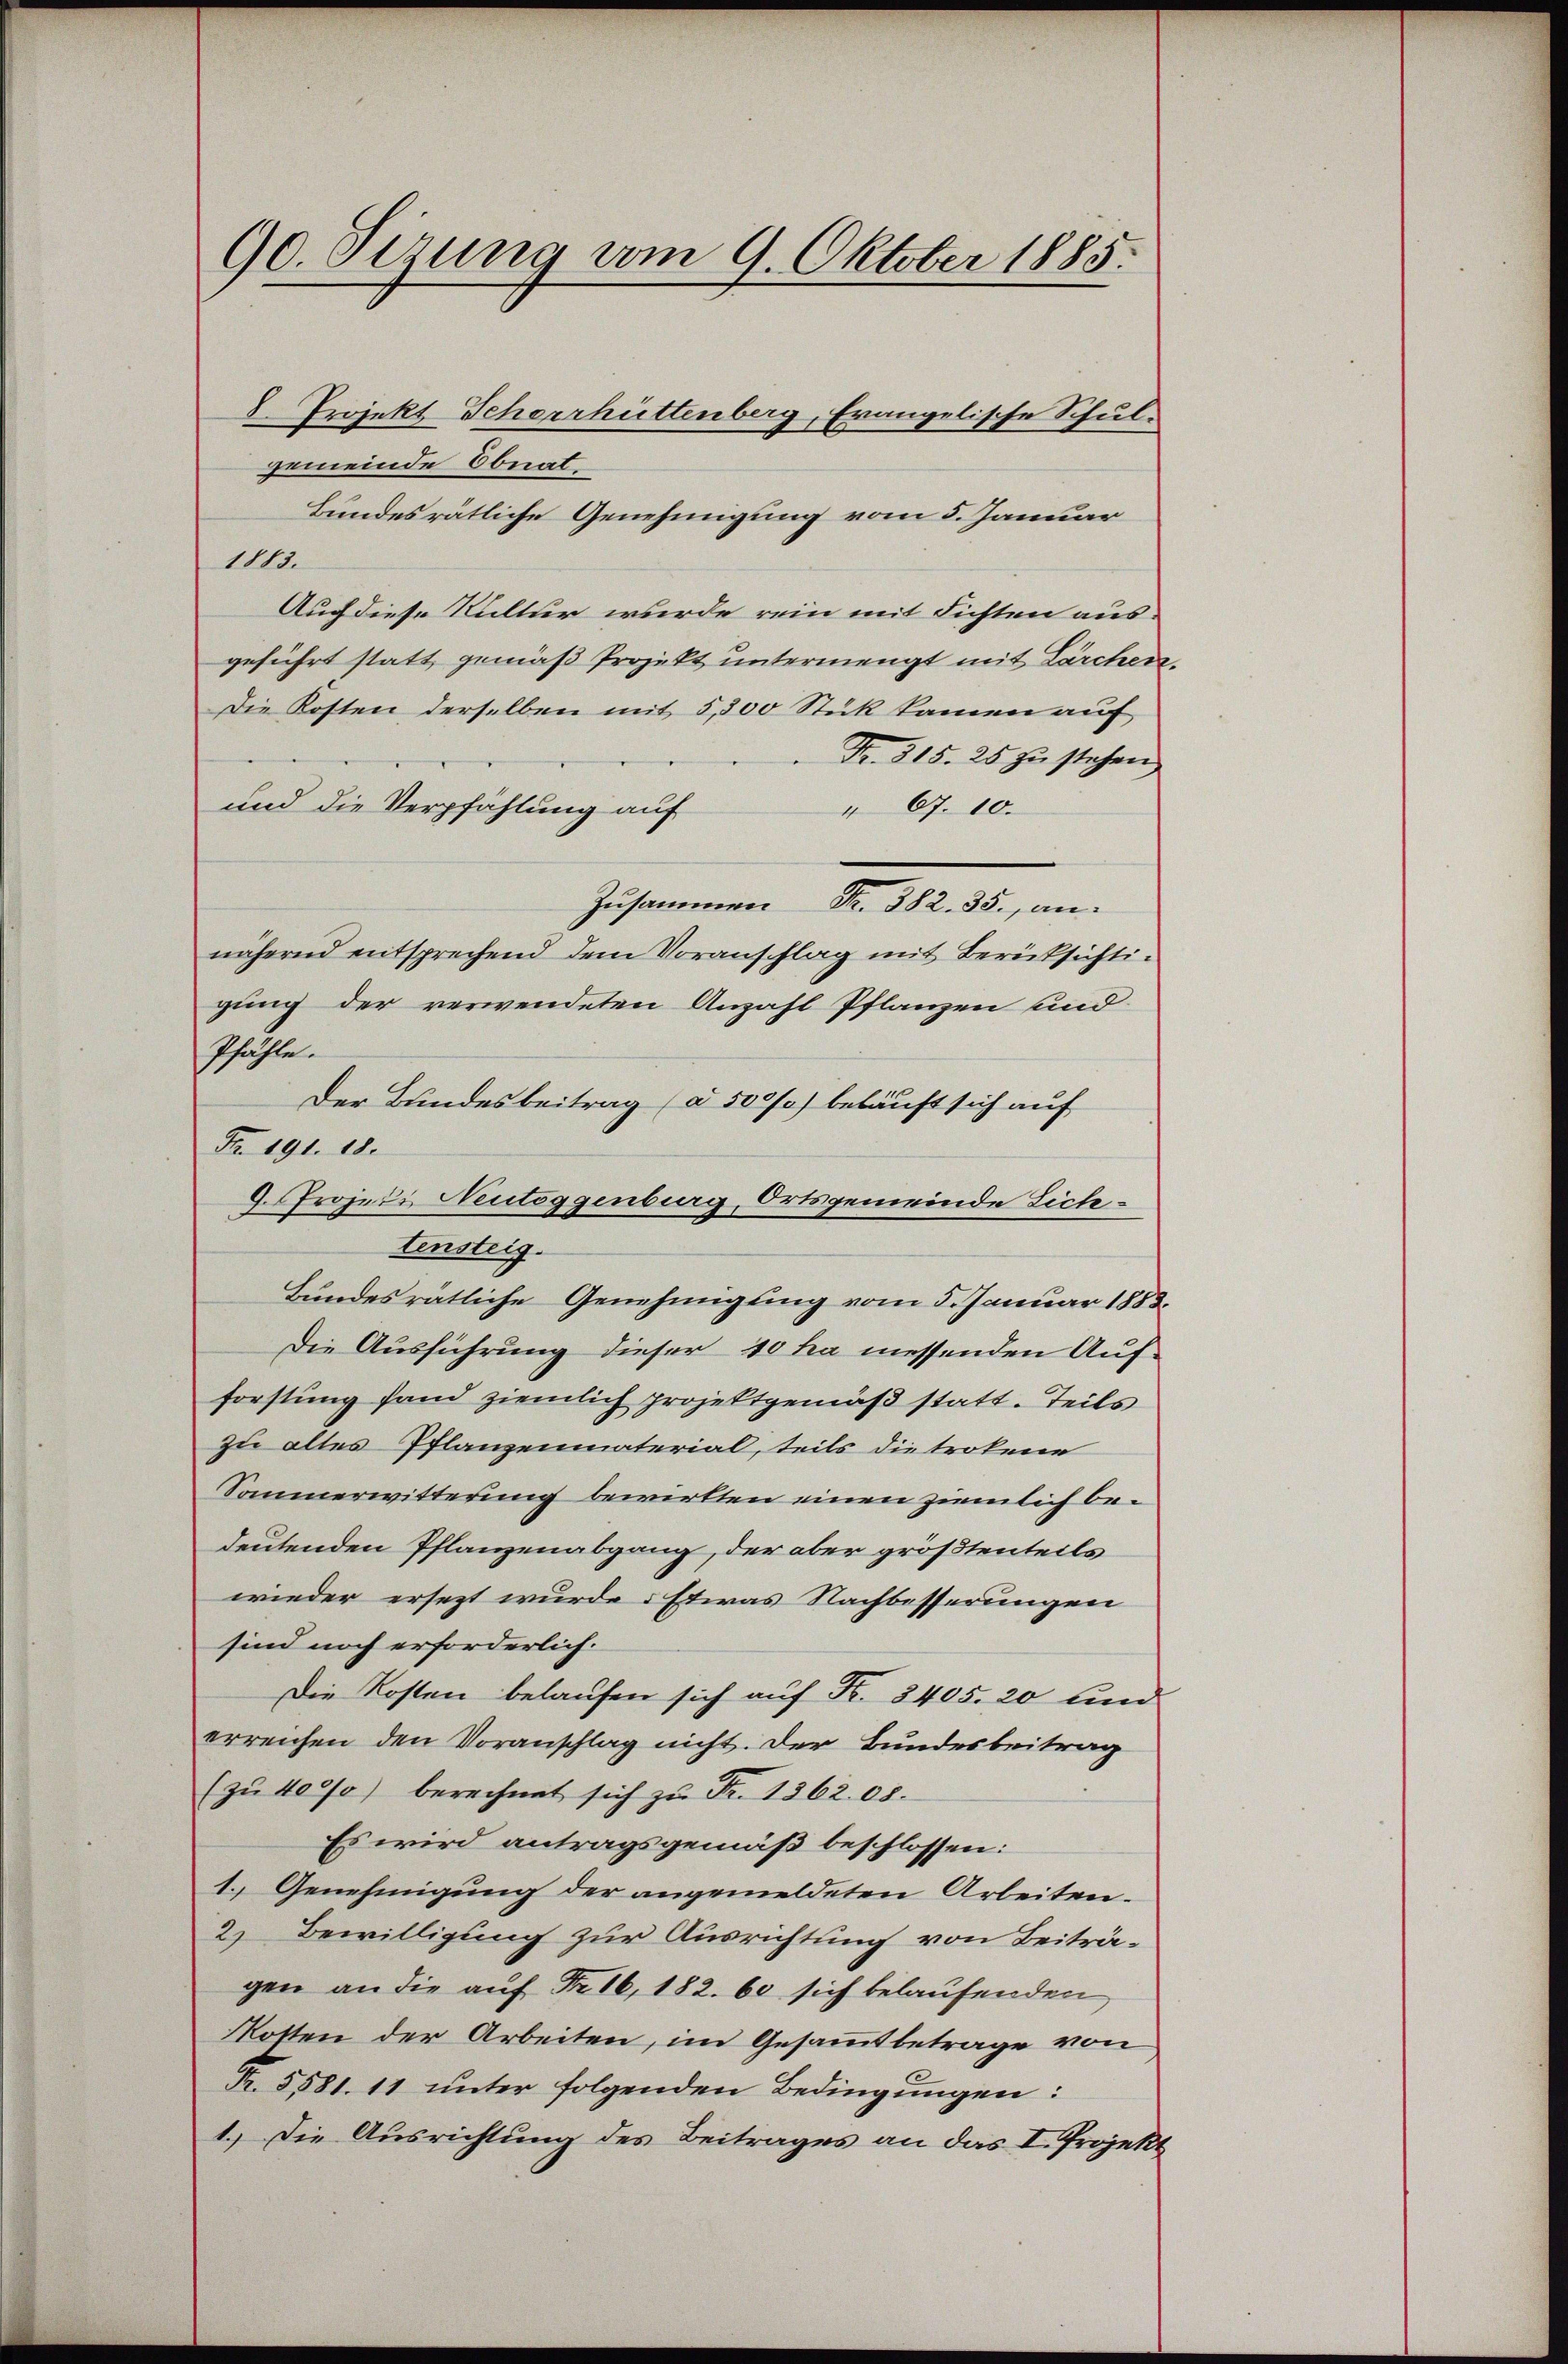
90. Sirung vom 9. Oktober 1885.

gemeinde Ebnat.
Bundesrätliche Genehmigung vom 5. Januar
1883.
Auch diese Kultur wurde rein mit Fichten ausgeführt statt, gemäß Projekt untermengt mit Lärchen.
Die Kosten derselben mit 5,300 Stück kamen auf
Fr. 315. 25 zŭ stehen
und die Verpfählung auf
" 67. 10.
Zusammen Nr. 382. 35. an.
nähernd entsprechend dem Voranschlag mit Berücksichtigung der verwendeten Anzahl Pflanzen und
Pfähle.
Der Bundesbeitrag (à 500/0) beläuft sich auf
Fr. 191. 18.
9. Projekt Neutoggenburg, Ortsgemeinde Sich
tensteig.
Bundesrätliche Genehmigung vom 5. Januar 1883.
Die Ausführung dieser 10 ha messenden Aufforstung fand ziemlich projektgemäß statt. Teils
zu altes Pflanzenmaterial, teils die trokene
Samnerwitterung bewirkten einen ziemlich bedeutenden Pflanzenabgang, der aber größtenteils
wieder ersezt wurde. Etwas Nachbesserungen
sind noch erforderlich.
Die Kosten belaufen sich auf Fr. 3405. 20 und
erreichen den Voranschlag nicht. Der Bundesbeitrag
(zŭ 4000 berechnet sich zŭ Fr. 1362. 08.
Es wird antragsgemäß beschlossen:
1. Genehmigung der angemeldeten Arbeiten.
2) Bewilligung zur Ausrichtung von Beiträgen an die auf Fr. 16, 182. 60 sich belaufenden
Kosten der Arbeiten, im Gesammtbetrage von
Fr. 5581. 11 unter folgenden Bedingungen:
1.) Die Ausrichtung des Beitrages an das I. Projekt

8. Projekt Scheerhüttenberg, Evangelische Schul-